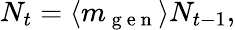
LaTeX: N_{t}=\langle m_{\mathrm{~g~e~n~}}\rangle N_{t-1},